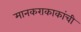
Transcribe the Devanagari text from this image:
मानकराकाकांची